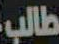
طالب